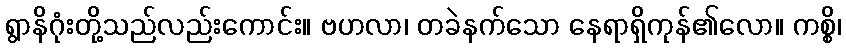
ရွာနိဂုံးတို့သည်လည်းကောင်း။ ဗဟလာ၊ တခဲနက်သော နေရာရှိကုန်၏လော။ ကစ္စိ၊